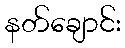
နတ်ချောင်း